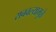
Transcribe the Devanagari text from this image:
राबवल्यामुळे